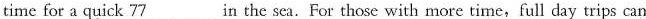
time for a quick \underline{77} in the sea.For those with more time,full day trips can